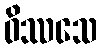
ဝိဿသေ